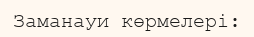
Заманауи көрмелері: